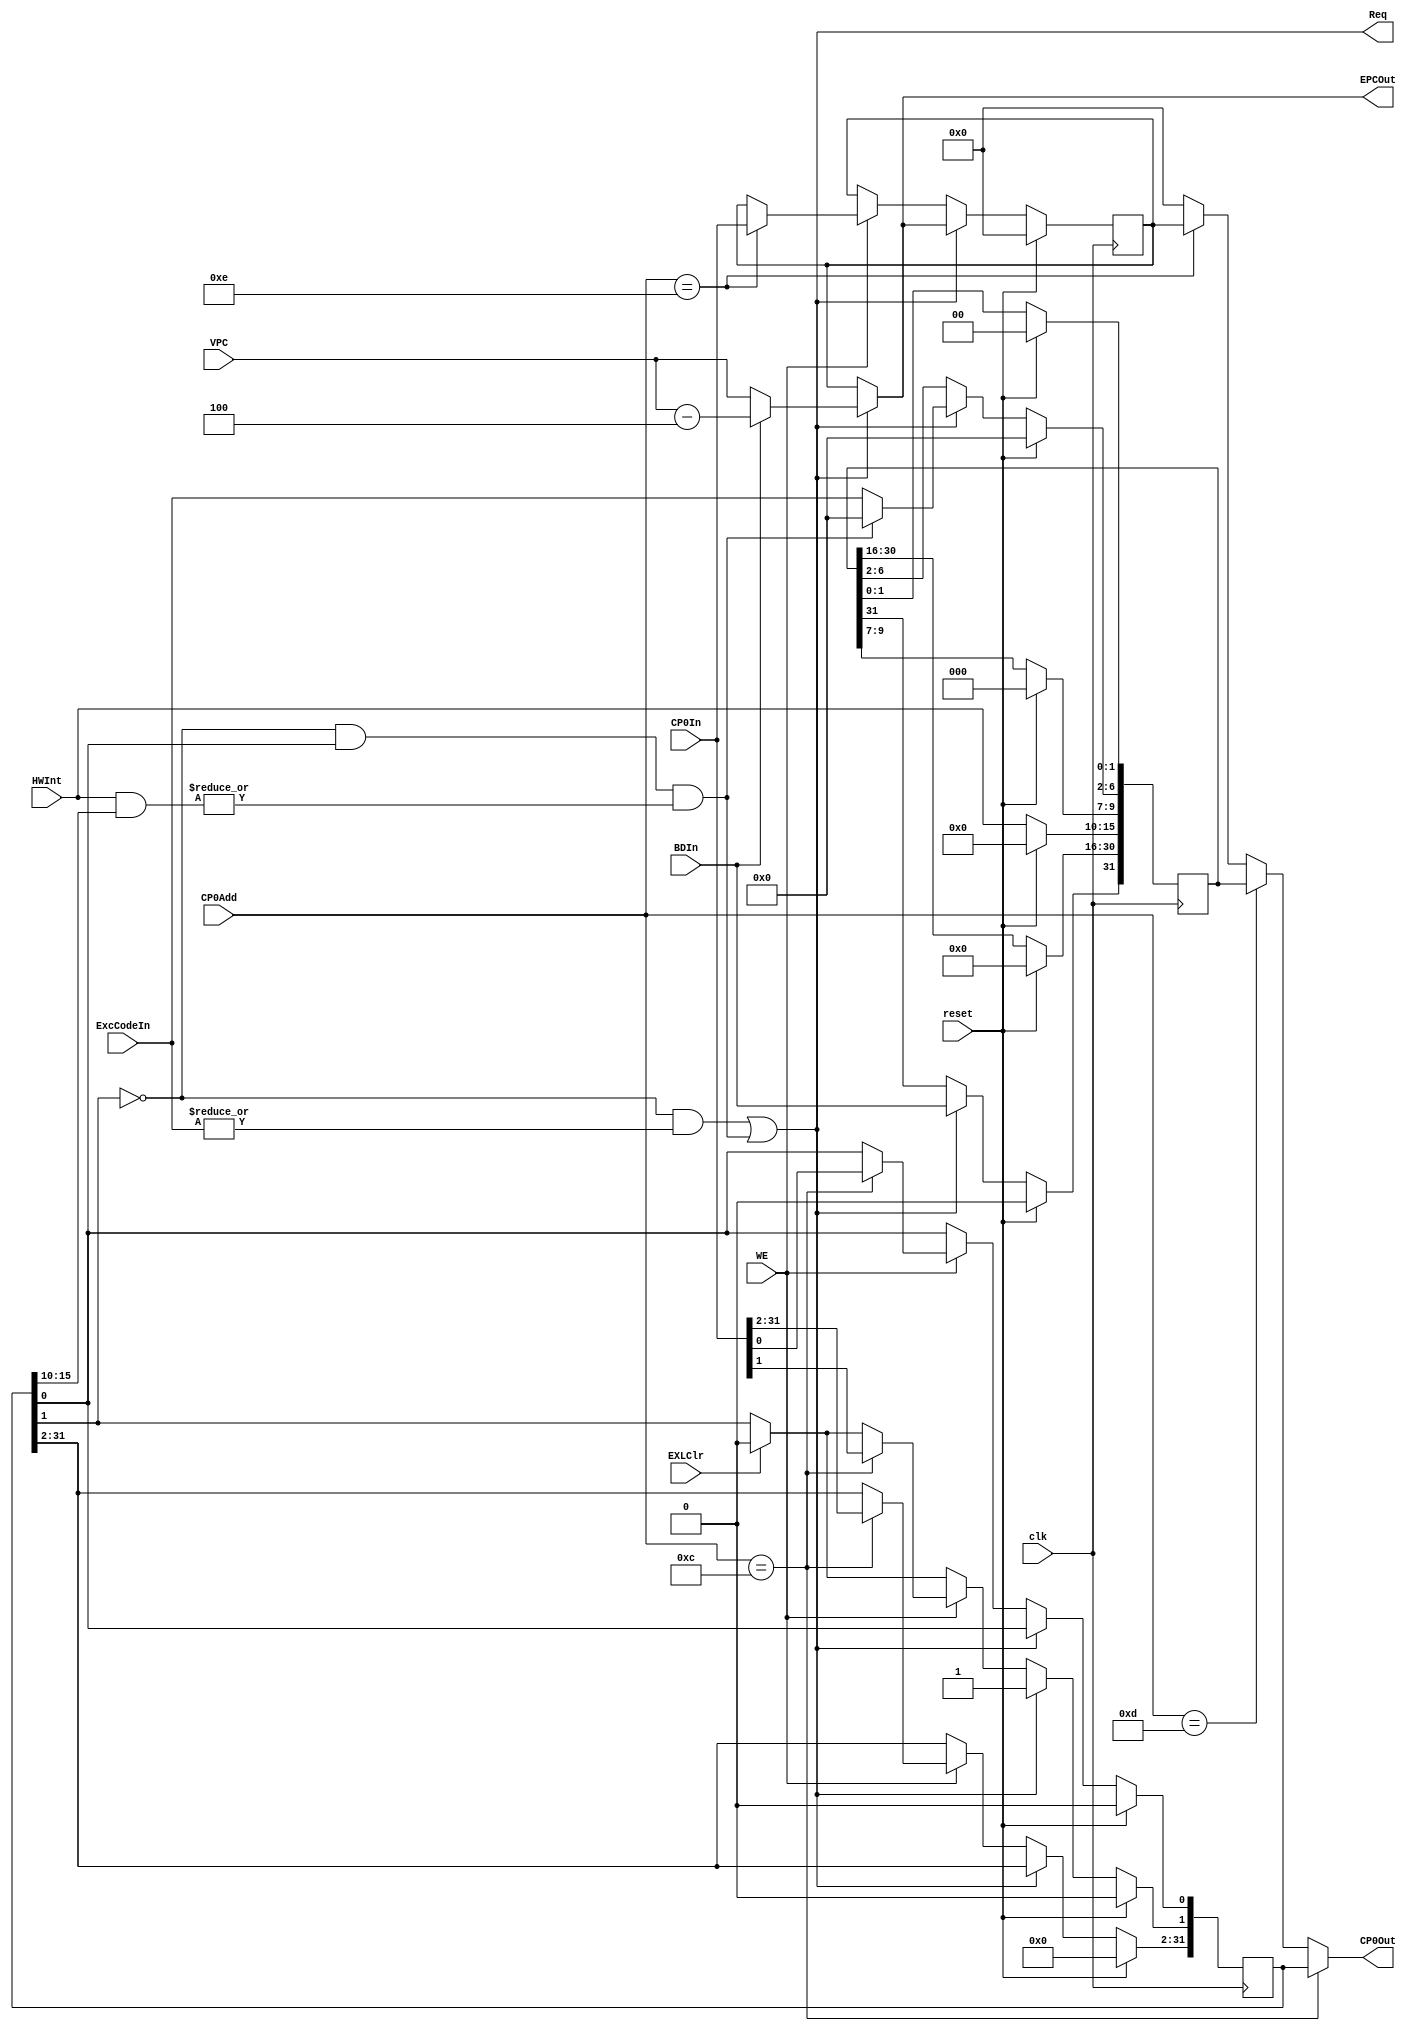
`timescale 1ns / 1ps
`define IM SR[15:10]//10mtc0
`define EXL SR[1]//
`define IE SR[0]//1
`define BD Cause[31]
`define IP Cause[15:10]
`define ExcCode Cause[6:2]
module CP0(
    input clk,
	 input reset,
	 input WE,
	 input [4:0] CP0Add,//CP0
	 input [31:0] CP0In,//CP0
	 output [31:0] CP0Out,//CP0
	 input [31:0] VPC,//PC
	 input BDIn,//
	 input [4:0] ExcCodeIn,//
	 input [5:0] HWInt,//
	 input EXLClr,//
	 output [31:0] EPCOut,//EPC
	 output Req//
	 );
	 reg [31:0] SR,Cause,EPC;
	 
	 assign ExceptionReq = (!`EXL && (|ExcCodeIn));
	 
	 assign BreakReq = (!`EXL && `IE && (|(HWInt & `IM)));
	 
	 assign Req = ExceptionReq | BreakReq;
	 
	 wire [31:0] temp_EPC = (Req)?((BDIn)?VPC - 4:VPC)
	                            : EPC;
	 
	 initial begin
	 
	     SR <= 32'h0;
		  Cause <= 32'h0;
		  EPC <= 32'h0;
	 
	 end
	 
	 always@(posedge clk)begin
	 
	     if(reset)begin
		      SR <= 32'h0;
				Cause <= 32'h0;
				EPC <= 32'h0;
		  end
		  else begin
		      if(EXLClr)begin
				    `EXL <= 0;
				end
				if(Req)begin
				    `ExcCode <= (BreakReq)?5'b0:ExcCodeIn;
					 `EXL <= 1;
					 EPC <= temp_EPC;
					 `BD <= BDIn;
				end
				else if(WE)begin
				    case(CP0Add)
					      12: SR <= CP0In;
							14: EPC <= CP0In;
					 endcase
				end
				`IP <= HWInt;
		  end
	 
	 end
	 assign EPCOut = temp_EPC;
	 
	 assign CP0Out = (CP0Add == 12)?SR:
	                 (CP0Add == 13)?Cause:
						  (CP0Add == 14)?EPC:
						  32'h0; 


endmodule